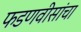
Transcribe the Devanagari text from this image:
फडणवीसांचा